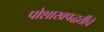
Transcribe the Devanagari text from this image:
पोशाखपद्धतींचे